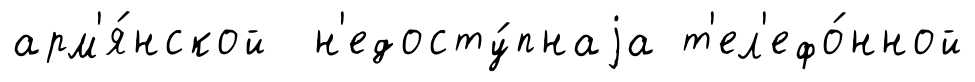
арм'я́нской н'едосту́пнаjа т'ел'ефо́нной